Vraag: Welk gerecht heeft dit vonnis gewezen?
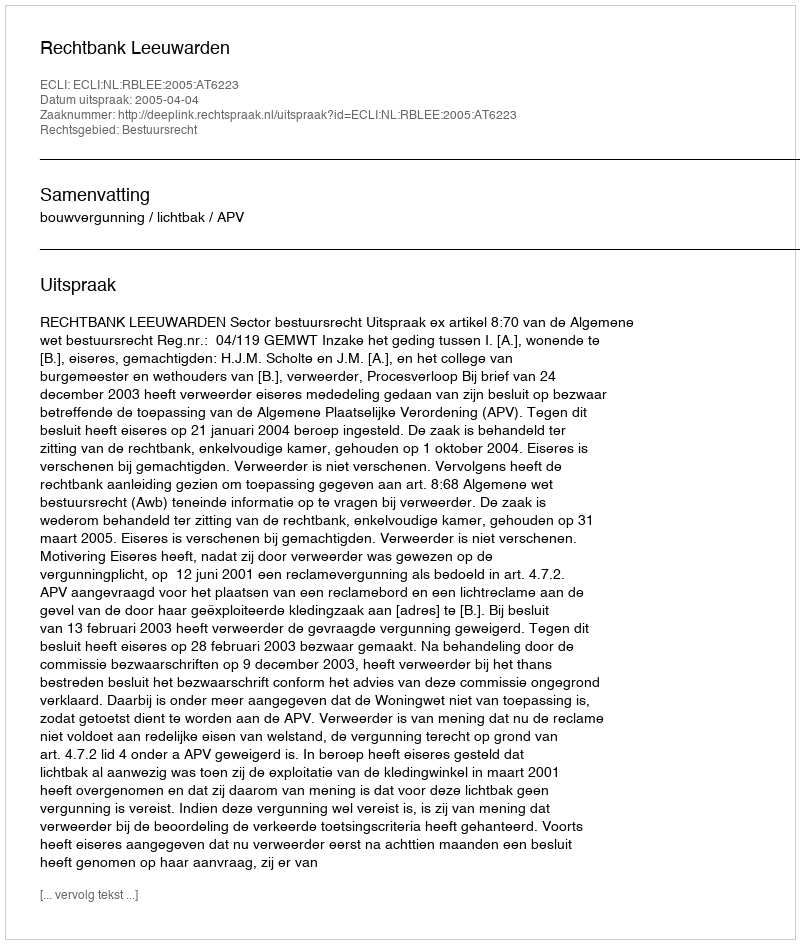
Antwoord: Rechtbank Leeuwarden